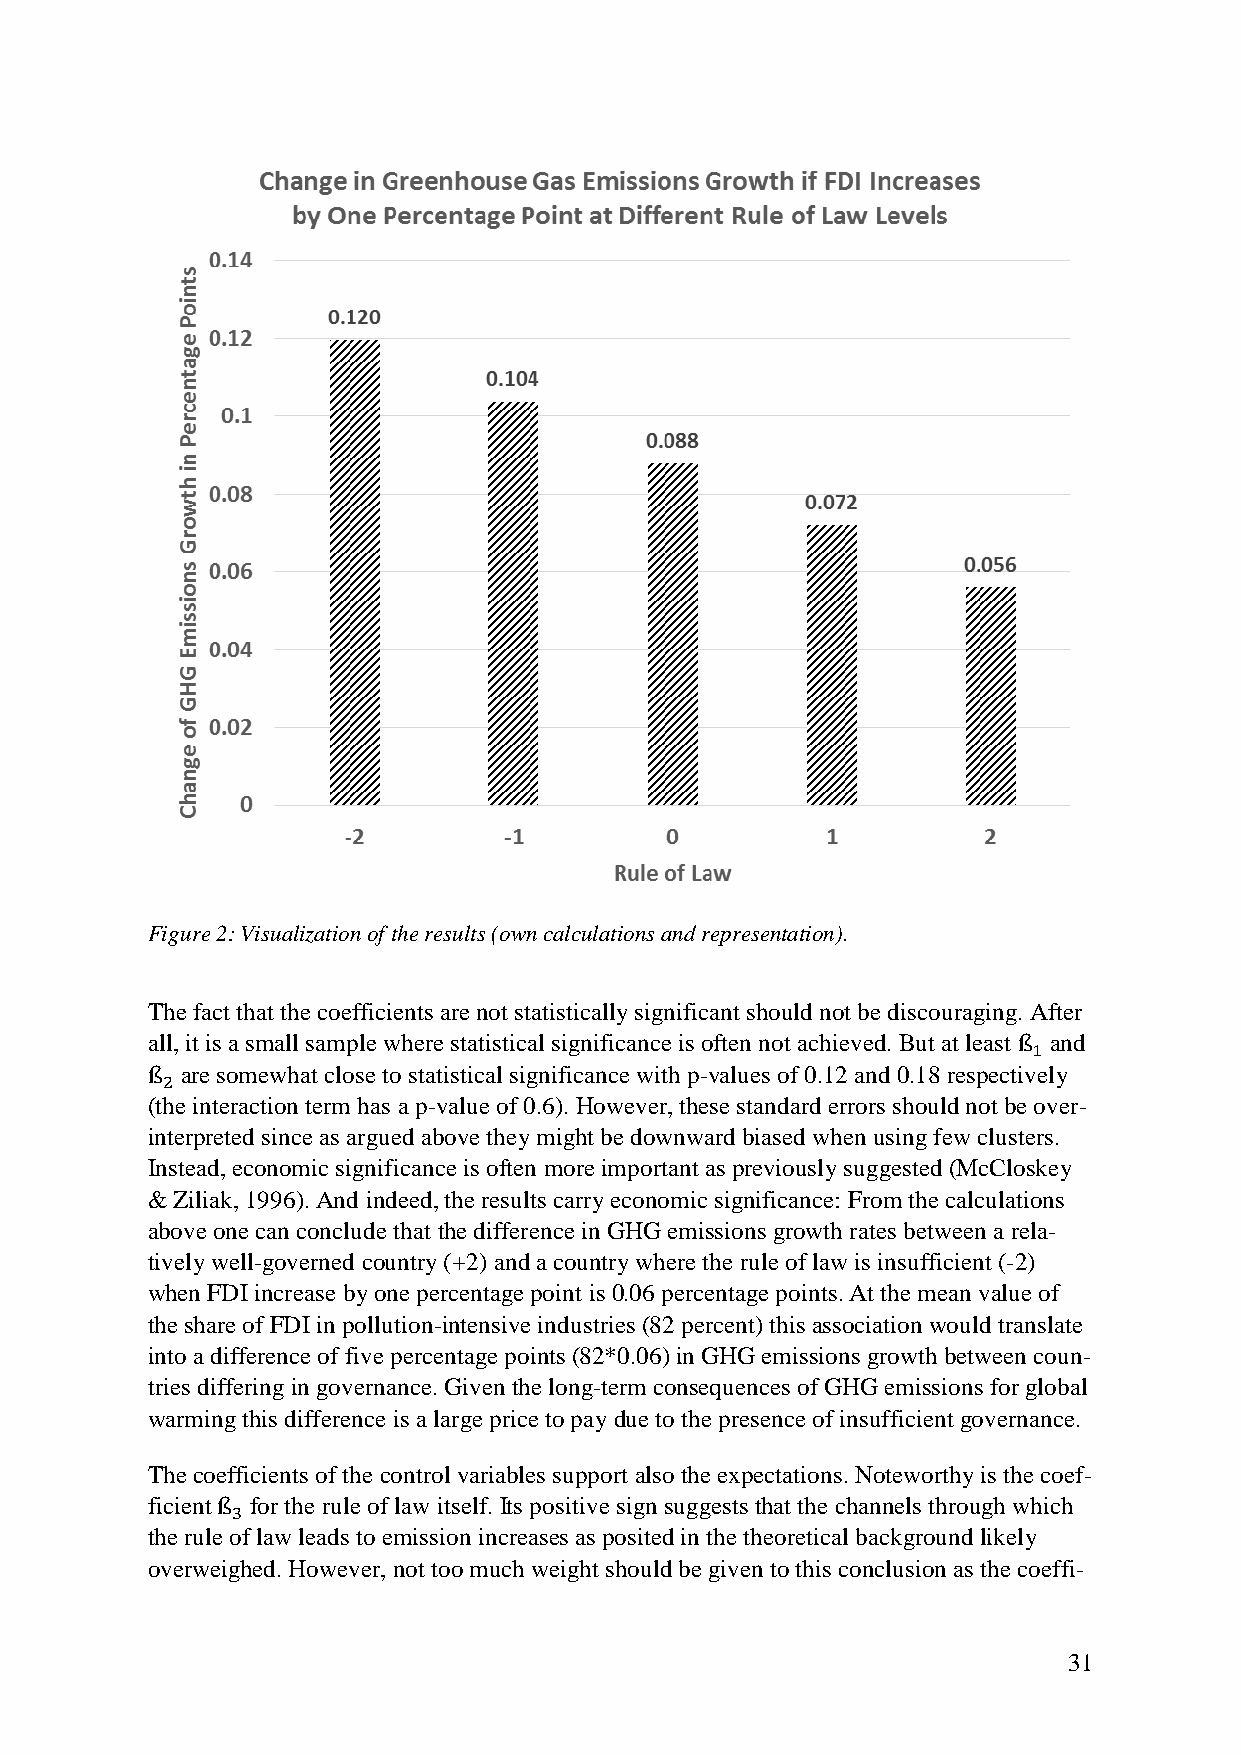
Figure 2: Visualization of the results (own calculations and representation).
 The fact that the coefficients are not statistically significant should not be discouraging. After
 all, it is a small sample where statistical significance is often not achieved. But at least and
 are somewhat close to statistical significance with p-values of 0.12 and 0.18 respectively
 ß1
 (the interaction term has a p-value of 0.6). However, these standard errors should not be over-
 ß2
 interpreted since as argued above they might be downward biased when using few clusters.
 Instead, economic significance is often more important as previously suggested (McCloskey
 & Ziliak, 1996). And indeed, the results carry economic significance: From the calculations
 above one can conclude that the difference in GHG emissions growth rates between a rela-
 tively well-governed country (+2) and a country where the rule of law is insufficient (-2)
 when FDI increase by one percentage point is 0.06 percentage points. At the mean value of
 the share of FDI in pollution-intensive industries (82 percent) this association would translate
 into a difference of five percentage points (82*0.06) in GHG emissions growth between coun-
 tries differing in governance. Given the long-term consequences of GHG emissions for global
 warming this difference is a large price to pay due to the presence of insufficient governance.
 The coefficients of the control variables support also the expectations. Noteworthy is the coef-
 ficient for the rule of law itself. Its positive sign suggests that the channels through which
 the rule of law leads to emission increases as posited in the theoretical background likely
 ß3
 overweighed. However, not too much weight should be given to this conclusion as the coeffi-
 31